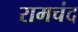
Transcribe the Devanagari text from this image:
रामचंद